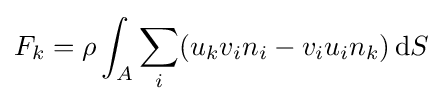
F_{k}=\rho \int _{A}\sum _{i}(u_{k}v_{i}n_{i}-v_{i}u_{i}n_{k})\,\mathrm {d} S